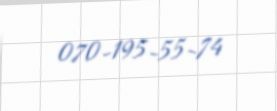
070-195-55-74